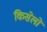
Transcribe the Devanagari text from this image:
किसेलो